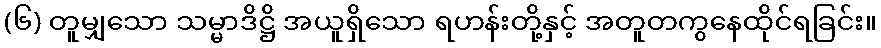
(၆) တူမျှသော သမ္မာဒိဋ္ဌိ အယူရှိသော ရဟန်းတို့နှင့် အတူတကွနေထိုင်ရခြင်း။